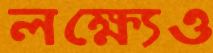
লক্ষ্যেও